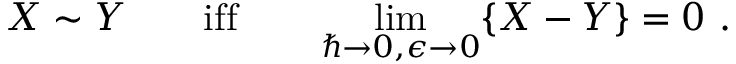
X \sim Y \qquad \mathrm { i f f } \qquad \operatorname * { l i m } _ { \hbar \to 0 , \epsilon \to 0 } \{ X - Y \} = 0 ~ .